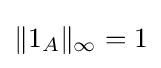
\|1_{A}\|_{\infty }=1